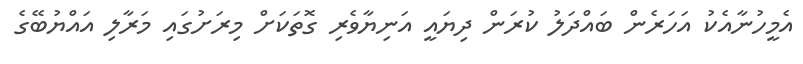
އެމީހުނާއެކު އަހަރެން ބައްދަލު ކުރަން ދިޔައީ އަނިޔާވެރި ގޮތަކަށް މިރަށުގައި މަރާލި އައްޔުބޭގެ